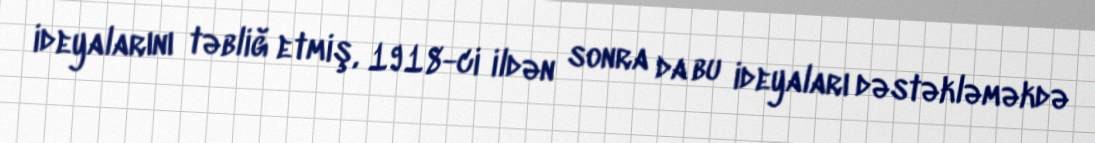
ideyalarını təbliğ etmiş, 1918-ci ildən sonra da bu ideyaları dəstəkləməkdə